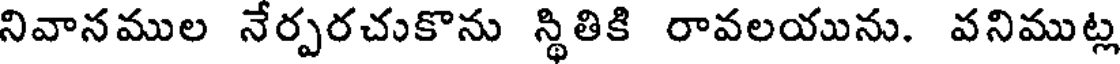
నివానముల నేర్పరచుకొను స్థితికి రావలయును. వనిముట్ల